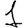
Digit: 1